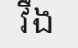
វឹង